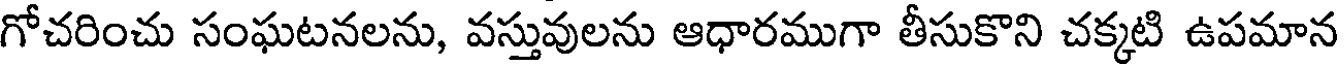
గోచరించు సంఘటనలను, వస్తువులను ఆధారముగా తీసుకొని చక్కటి ఉపమాన